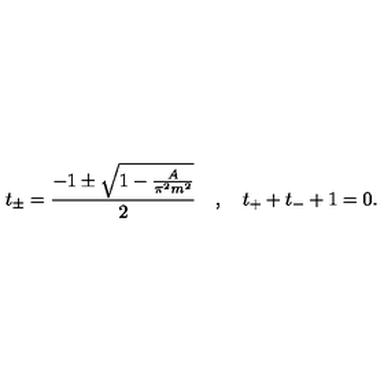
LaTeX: t _ { \pm } = \frac { - 1 \pm \sqrt { 1 - \frac { A } { \pi ^ { 2 } m ^ { 2 } } } } { 2 } \quad , \quad t _ { + } + t _ { - } + 1 = 0 .